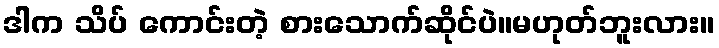
ဒါက သိပ် ကောင်းတဲ့ စားသောက်ဆိုင်ပဲ။မဟုတ်ဘူးလား။